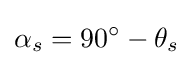
\alpha _{s}=90^{\circ }-\theta _{s}